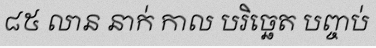
៨៥ លាន នាក់ កាល បរិច្ឆេត បញ្ចប់